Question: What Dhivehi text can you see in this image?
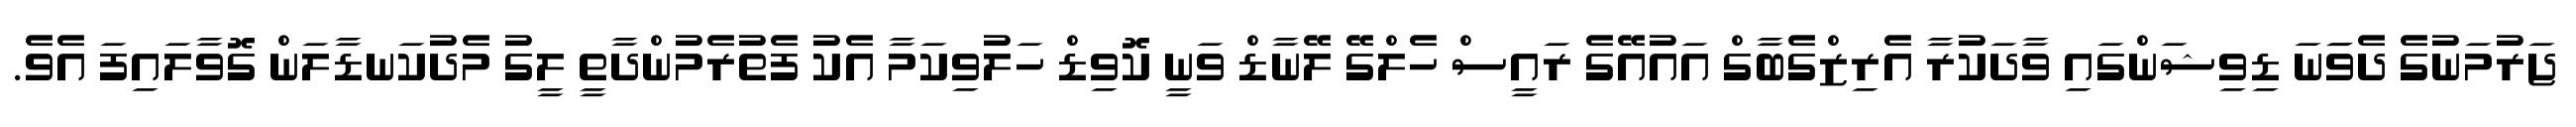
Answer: ޖަރުމަނުގެ ދެވަަނަ ޑިވިޝަންގައި ވާދަކުރާ އެރިޒްގެބާގް އައުއޭގެ ރައީސް ހެލްގޭ ލޭނާޑް ވަނީ ކޮވިޑް ހަލުވިކަމާ އެކު ފެތުރެމުންދާތީ ލީގު މެދުކަނޑާލަން ގޮވާލައިފަ އެވެ.